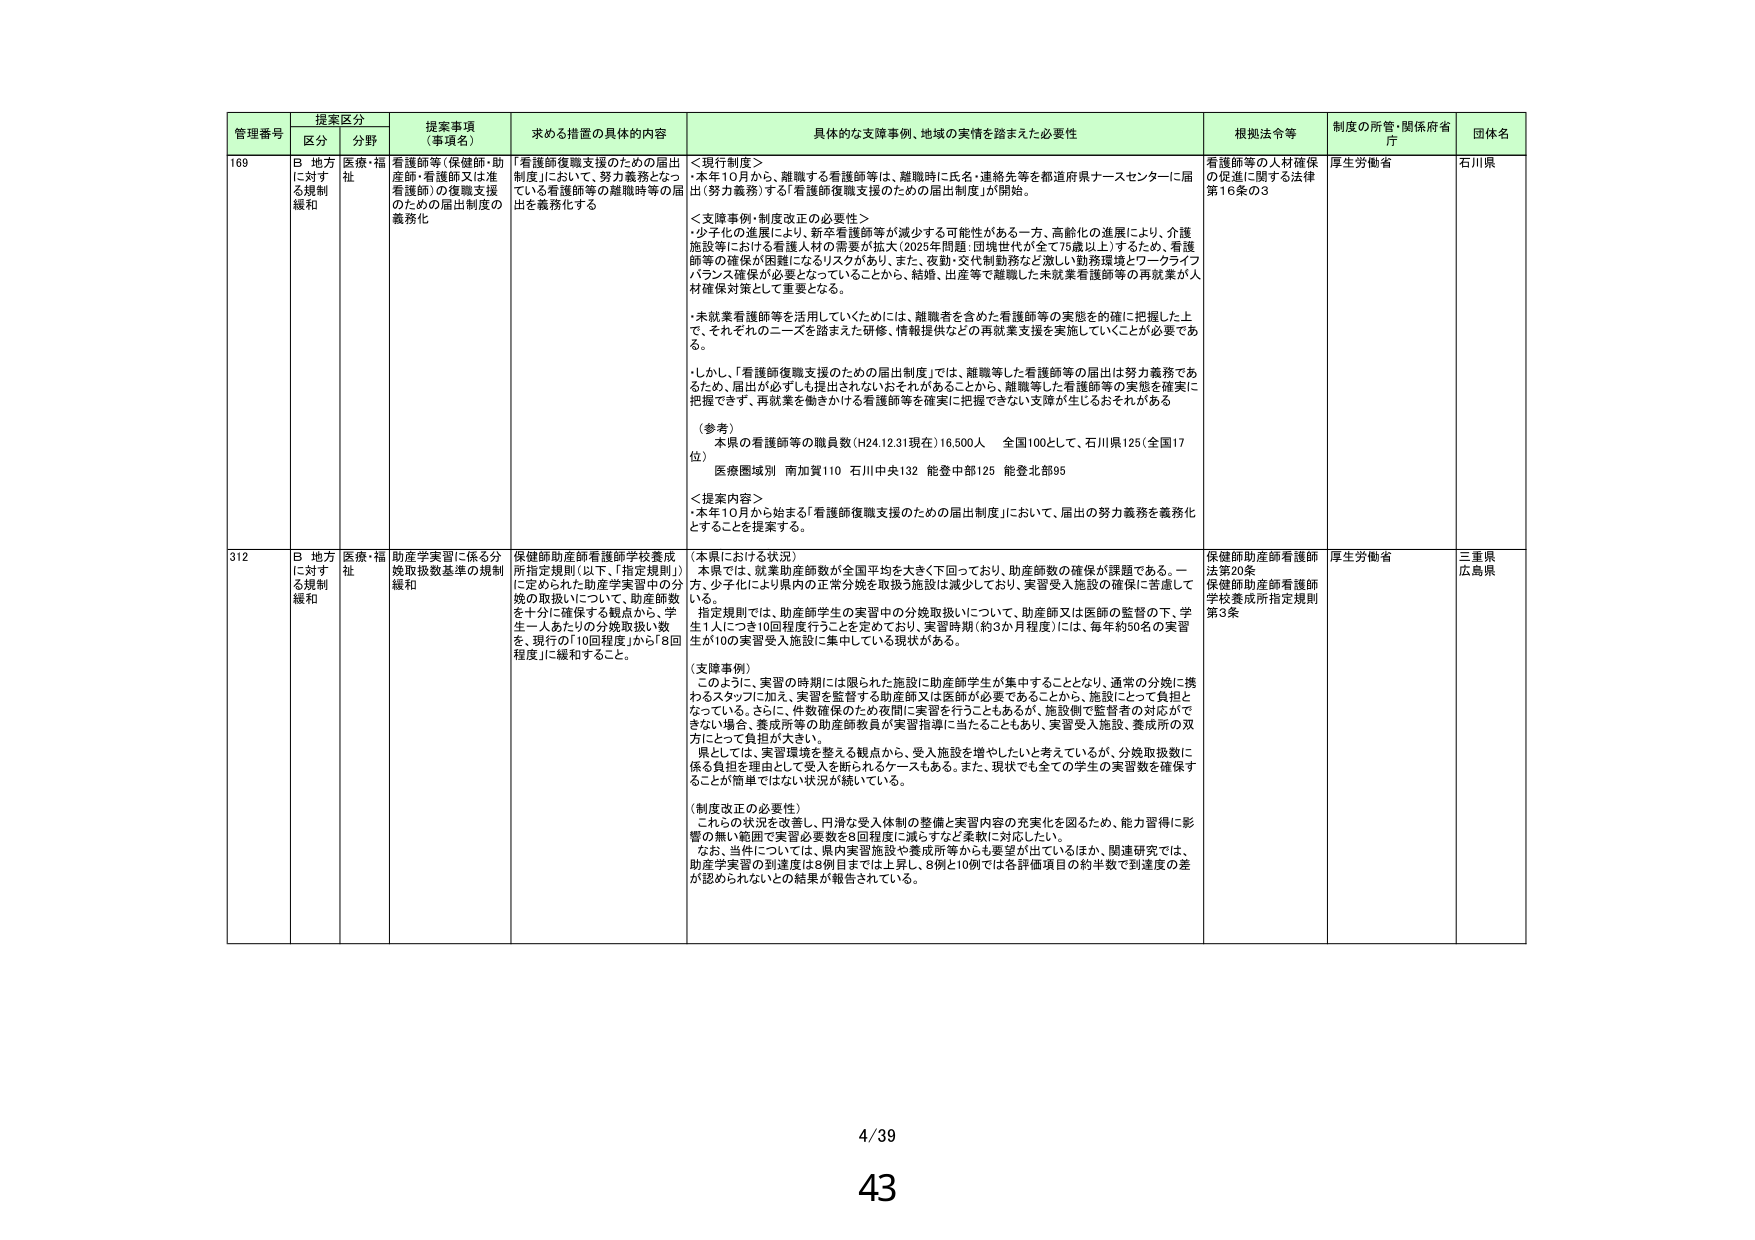
管理番号 提案区分 提案事項（事項名） 求める措置の具体的内容 具体的な支援事例、地域の実情を踏まえた必要性 根拠法令等 制度の所管・関係府省庁 団体名
区分 分野
169 B 地方に対する規制緩和 医療・福祉 看護師等（保健師・助産師・看護師又は准看護師）の復職支援のための届出制度の義務化 「看護師復職支援のための届出制度」において、努力義務となっている看護師等の離職時等の届出を義務化する ＜現行制度＞ 本年10月から、離職する看護師等は、離職時に氏名・連絡先等を都道府県ナースセンターに届出（努力義務）する「看護師復職支援のための届出制度」が開始。 ＜支障事例・制度改正の必要性＞ ・少子化の進展により、新卒看護師等が減少する可能性がある一方、高齢化の進展により、介護施設等における看護人材の需要が拡大（2025年問題：団塊世代が全て75歳以上）するため、看護師等の確保が困難になるリスクが有り、また、夜勤・交代制勤務など激しい勤務環境とワークライフバランス確保が必要となっていることから、結婚、出産等で離職した未就業看護師等の再就業が人材確保対策として重要となる。 ・未就業看護師等を活用していくためには、離職者を含めた看護師等の実態を的確に把握した上で、それぞれのニーズを踏まえた研修、情報提供などの再就業支援を実施していくことが必要である。 ・しかし、「看護師復職支援のための届出制度」では、離職等した看護師等の届出は努力義務であるため、届出が必ずしも提出されないおそれがあることから、離職等した看護師等の実態を確実に把握できず、再就業を働きかける看護師等を確実に把握できない支障が生じるおそれがある （参考） 本県の看護師等の職員数（H24.12.31現在）16,500人 全国100として、石川県125（全国17位） 医療圏域別 南加賀110 石川中央132 能登中部125 能登北部95 ＜提案内容＞ ・本年10月から始まる「看護師復職支援のための届出制度」において、届出の努力義務を義務化とすることを提案する。 看護師等の人材確保の促進に関する法律第16条の3 厚生労働省 石川県
312 B 地方に対する規制緩和 医療・福祉 助産学実習に係る分娩取扱数基準の規制緩和 保健師助産師看護師学校養成所指定規則（以下、「指定規則」）に定められた助産学実習中の分娩の取扱いについて、助産師数を十分に確保する観点から、学生一人あたりの分娩取扱い数を、現行の「10回程度」から「8回程度」に緩和すること。 （本県における状況） 本県では、就業助産師数が全国平均を大きく下回っており、助産師数の確保が課題である。一方、少子化により県内の正常分娩を取扱う施設は減少しており、実習受入施設の確保に苦慮している。 指定規則では、助産師学生の実習中の分娩取扱いについて、助産師又は医師の監督の下、学生1人につき10回程度行うことを定めており、実習時期（約3か月程度）には、毎年約50名の実習生が10の実習受入施設に集中している現状がある。 （支障事例） このように、実習の時期には限られた施設に助産師学生が集中することとなり、通常の分娩に携わるスタッフに加え、実習を監督する助産師又は医師が必要であることから、施設にとって負担となっている。さらに、件数確保のため夜間に実習を行うこともあるが、施設側で監督者の対応ができない場合、養成所等の助産師教員が実習指導に当たることもあり、実習受入施設、養成所の双方にとって負担が大きい。 県としては、実習環境を整える観点から、受入施設を増やしたいと考えているが、分娩取扱数に係る負担を理由として受入を断られるケースもある。また、現状でも全ての学生の実習数を確保することが簡単ではない状況が続いている。 （制度改正の必要性） これらの状況を改善し、円滑な受入体制の整備と実習内容の充実化を図るため、能力習得に影響の無い範囲で実習必要数を8回程度に減らすなど柔軟に対応したい。 なお、当件については、県内実習施設や養成所等からも要望が出ているほか、関連研究では、助産学実習の到達度は8例目までは上昇し、8例と10例では各評価項目の約半数で到達度の差が認められないとの結果が報告されている。 保健師助産師看護師法第20条 保健師助産師看護師学校養成所指定規則第3条 厚生労働省 三重県 広島県
4/39
43